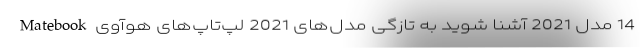
14 مدل 2021 آشنا شوید به تازگی مدل‌های 2021 لپ‌تاپ‌های هوآوی Matebook